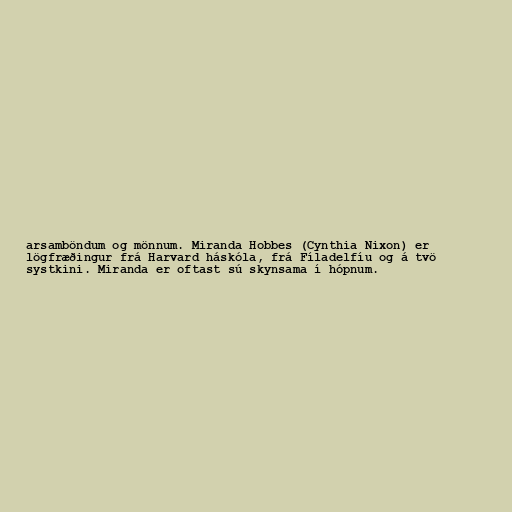
arsamböndum og mönnum. Miranda Hobbes (Cynthia Nixon) er
lögfræðingur frá Harvard háskóla, frá Fíladelfíu og á tvö
systkini. Miranda er oftast sú skynsama í hópnum.